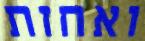
ואחזת